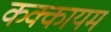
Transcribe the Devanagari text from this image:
कक्कायम